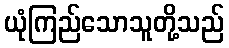
ယုံကြည်သောသူတို့သည်